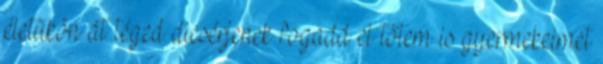
életükön át téged dicsérjenek fogadd el tőlem is gyermekeimet